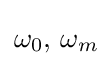
\omega _{0},\,\omega _{m}